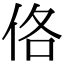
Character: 佫